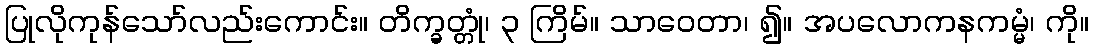
ပြုလိုကုန်သော်လည်းကောင်း။ တိက္ခတ္တုံ၊ ၃ ကြိမ်။ သာဝေတာ၊ ၍။ အပလောကနကမ္မံ၊ ကို။